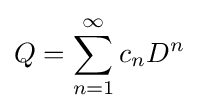
Q=\sum _{n=1}^{\infty }c_{n}D^{n}